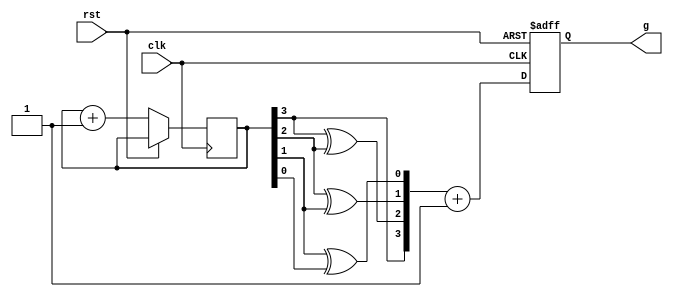
module gray__counter(clk,rst,g);
input clk,rst;
reg [3:0] b=4'b0000;
output reg [3:0] g;

always @(posedge clk,posedge rst)
begin
if(rst)
 g<=4'b0000;
else 
 begin 
 g[3]=b[3];
 g[2]=b[3]^b[2];
 g[1]=b[2]^b[1];
 g[0]=b[1]^b[0];
 b = b+1'b0001;
 g=g+1;
 end
 end
 endmodule